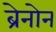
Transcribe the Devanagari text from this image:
ब्रेनोन